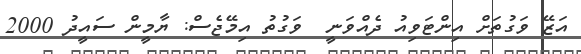
އަޒޭ ވަގުތަށް އިންޓަވިއު ދެއްވަނީ  ވަގުތު އިމޭޖެސް: ޔާމީން ސައީދު 2000